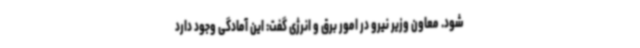
شود. معاون وزیر نیرو در امور برق و انرژی گفت: این آمادگی وجود دارد